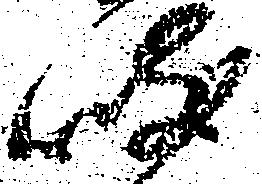
岐